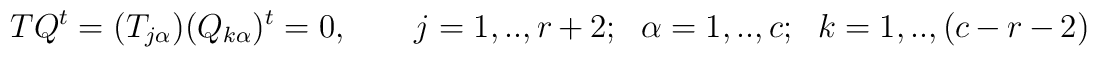
TQ^t=(T_{j \alpha})(Q_{k\alpha})^t = 0, \qquad			j=1,..,r+2;~~\alpha=1,..,c;~~k=1,..,(c-r-2)